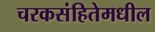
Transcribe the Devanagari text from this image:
चरकसंहितेमधील